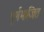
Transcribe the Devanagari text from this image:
पूर्णभाजित